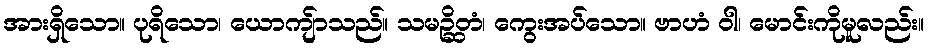
အားရှိသော။ ပုရိသော၊ ယောကျ်ာသည်။ သမဉ္ဆိတံ၊ ကွေးအပ်သော။ ဗာဟံ ဝါ၊ မောင်းကိုမူလည်း။